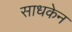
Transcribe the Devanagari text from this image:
साधकेन